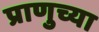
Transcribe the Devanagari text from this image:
प्राणुच्या